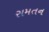
સમતન